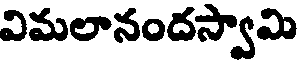
విమలానందస్వామి